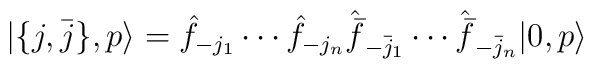
|\{ j,\bar j\},p\rangle = \hat f_{-j_1}\cdots \hat f_{-j_n}\hat{ \bar{f}}_{-\bar{j}_1}\cdots \hat{\bar{f}}_{-\bar{j}_n} |0,p\rangle